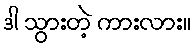
ဒါ သွားတဲ့ ကားလား။